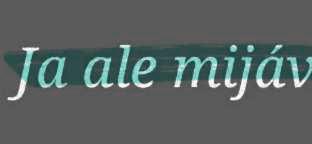
Ja ale mijáv